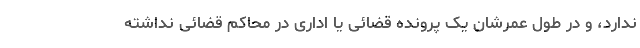
ندارد، و در طول عمرشان یک پرونده قضائی یا اداری در محاکم قضائی نداشته